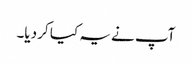
آپ نے یہ کیا کر دیا۔